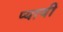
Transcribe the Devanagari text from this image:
प्यावी